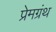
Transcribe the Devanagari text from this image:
प्रेमग्रंथ